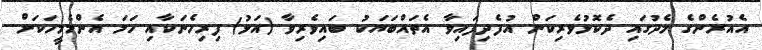
އެއުރެންގެ މެދުގައި ދެކޮޅުވެރިކަން އުފެދިފައިވާ އެތައްބަޔަކު ބައިވެރިވާ (އަޅު) ފިރިހެނަކާއި ހަމަ އެންމެމީހަކަށް